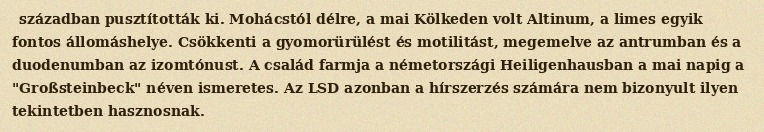
században pusztították ki. Mohácstól délre, a mai Kölkeden volt Altinum, a limes egyik fontos állomáshelye. Csökkenti a gyomorürülést és motilitást, megemelve az antrumban és a duodenumban az izomtónust. A család farmja a németországi Heiligenhausban a mai napig a "Großsteinbeck" néven ismeretes. Az LSD azonban a hírszerzés számára nem bizonyult ilyen tekintetben hasznosnak.